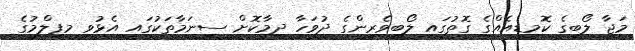
މަޖާ ލޯބީގެ ކޮމިޑީއެއްގެ ގޮތުގައި ލޯބިވެރިންގެ ދުވަހާ ދިމާކޮށް ސިނަމާތަކުގައި އެޅުވި މިފިލްމުގެ